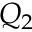
Q _ { 2 }